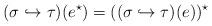
LaTeX: \begin{align*}(\sigma\hookrightarrow\tau)(e^\star)=((\sigma\hookrightarrow\tau)(e))^\star\end{align*}